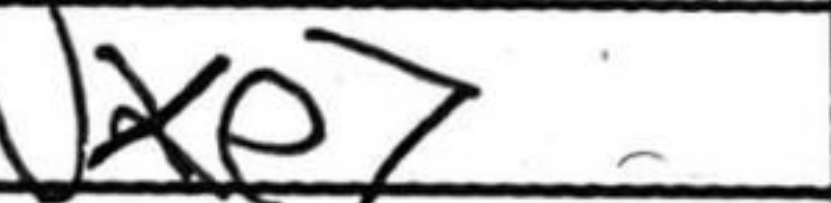
Transcription: Nxe7